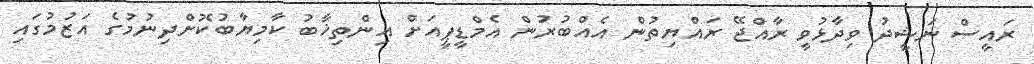
ރައީސް ނަޝީދު ވިދާޅުވީ ރާއްޖޭ ރައްޔިތުން އެއްބުރުން އެމްޑީޕީއަށް އިންތިޚާބު ކާމިޔާބުކޮށްދިނުމުގެ އަޒުމުގައި